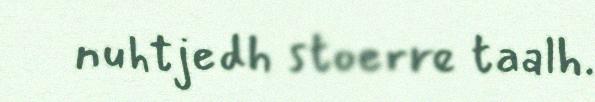
nuhtjedh stoerre taalh.